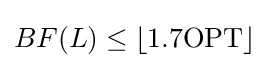
BF(L)\leq \lfloor 1.7\mathrm {OPT} \rfloor